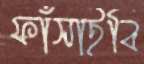
ফাঁসাইবি